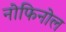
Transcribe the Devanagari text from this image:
नोफिनोल